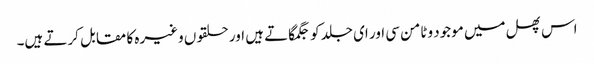
اس پھل میں موجود وٹامن سی اور ای جلد کو جگمگاتے ہیں اور حلقوں وغیرہ کا مقابل کرتے ہیں۔